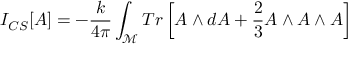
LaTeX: I _ { C S } [ A ] = - \frac { k } { 4 \pi } \int _ { \mathcal { M } } T r \left[ A \wedge d A + \frac { 2 } { 3 } A \wedge A \wedge A \right]